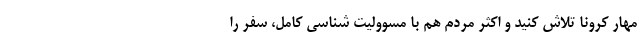
مهار کرونا تلاش کنید و اکثر مردم هم با مسوولیت شناسی کامل، سفر را